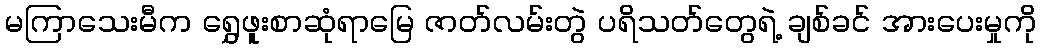
မကြာသေးမီက ရွှေဖူးစာဆုံရာမြေ ဇာတ်လမ်းတွဲ ပရိသတ်တွေရဲ့ ချစ်ခင် အားပေးမှုကို